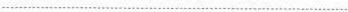
…………………………………………………………